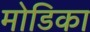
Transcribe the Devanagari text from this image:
मोडिका